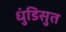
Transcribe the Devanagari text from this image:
धुंडिसुत